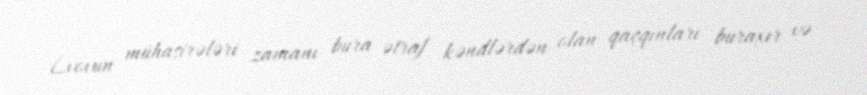
Lvovun mühasirələri zamanı bura ətraf kəndlərdən olan qaçqınları buraxır və